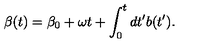
\beta ( t ) = \beta _ { 0 } + \omega t + \int _ { 0 } ^ { t } d t ^ { \prime } b ( t ^ { \prime } ) .